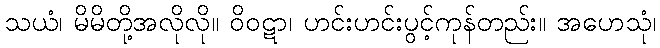
သယံ၊ မိမိတို့အလိုလို။ ဝိဝဋာ၊ ဟင်းဟင်းပွင့်ကုန်တည်း။ အဟေသုံ၊